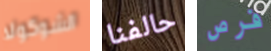
الشوكولا حالفنا فرص